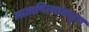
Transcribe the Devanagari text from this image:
मातापित्याकडून